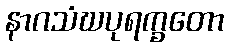
နာဂသံဃပုရက္ခတော